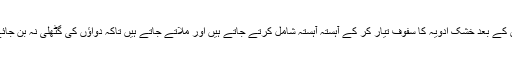
اُس کے بعد خشک ادویہ کا سفوف تیار کر کے آہستہ آہستہ شامل کرتے جاتے ہیں اور ملاتے جاتے ہیں تاکہ دواؤں کی گٹھلی نہ بن جائے۔